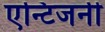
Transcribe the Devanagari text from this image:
एन्टिजनी